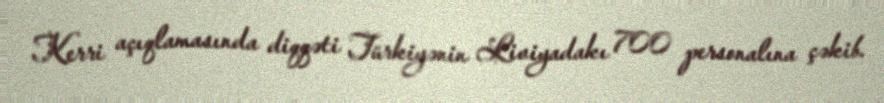
Kerri açıqlamasında diqqəti Türkiyənin Liviyadakı 700 personalına çəkib.